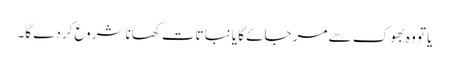
یا تو وہ بھوک سے مر جائے گا یا نباتات کھانا شروع کردے گا۔